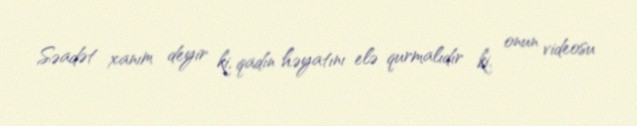
Səadət xanım deyir ki, qadın həyatını elə qurmalıdır ki, onun videosu